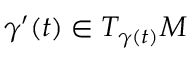
\gamma ^ { \prime } ( t ) \in T _ { \gamma ( t ) } M